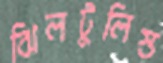
ঝিলটুলিস্ত